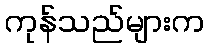
ကုန်သည်များက